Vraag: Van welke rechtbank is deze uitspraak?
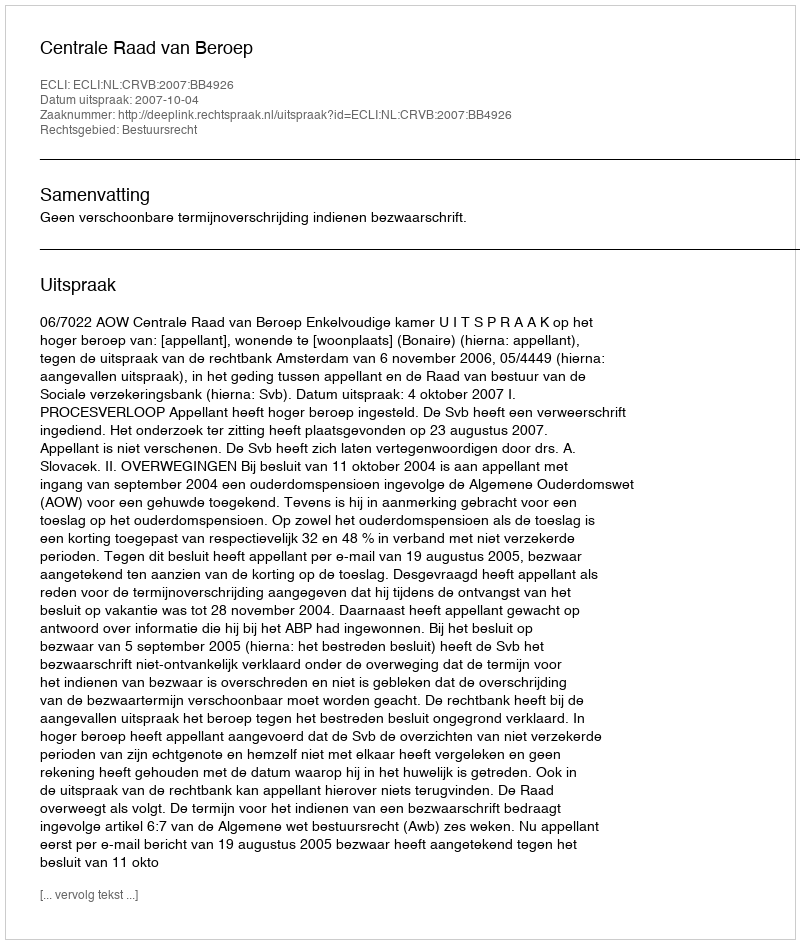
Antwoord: Centrale Raad van Beroep